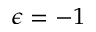
\epsilon = - 1